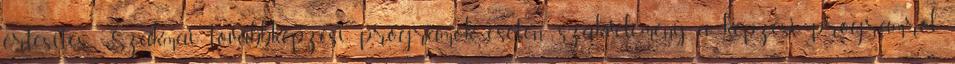
értesítés Szakmai továbbképzési programok esetén: szakvélemény a képzési programról,